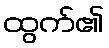
ထွက်၏